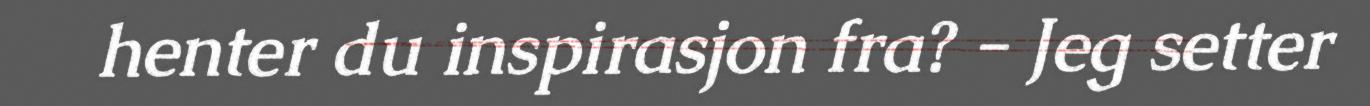
henter du inspirasjon fra? - Jeg setter